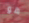
هو